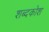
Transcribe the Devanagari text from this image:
शब्‍दकोश